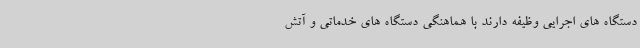
دستگاه های اجرایی وظیفه دارند با هماهنگی دستگاه های خدماتی و آتش